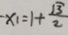
- x _ { 1 } = 1 + \frac { \sqrt { 3 } } { 2 }